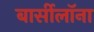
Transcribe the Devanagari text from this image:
बार्सीलॉना